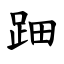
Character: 䟧